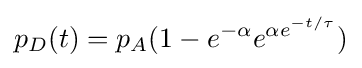
p_{D}(t)=p_{A}(1-e^{-\alpha }e^{\alpha e^{-t/\tau }})